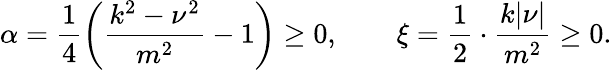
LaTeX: \alpha=\frac{1}{4}\left(\frac{k^{2}-\nu^{2}}{m^{2}}-1\right)\ge 0,\qquad\xi=\frac{1}{2}\cdot\frac{k|\nu|}{m^{2}}\ge 0.